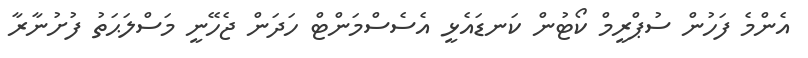
އެންމެ ފަހުން ސުޕްރީމް ކޯޓުން ކަނޑައެޅީ އެސެސްމަންޓް ހަދަން ޖެހޭނީ މަސްލަޙަތު ފުށުނާރާ